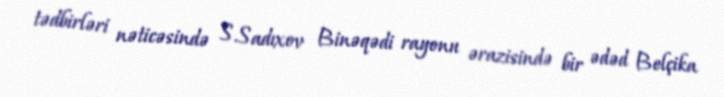
tədbirləri nəticəsində S.Sadıxov Binəqədi rayonu ərazisində bir ədəd Belçika